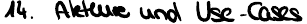
14. Akteure und Use-Cases